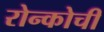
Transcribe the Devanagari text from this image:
रोन्कोची